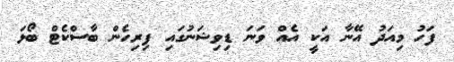
ފަހު މިއަދު އޭނާ އަކީ އެއް ވަނަ ޑިވިޝަނުގައި ފިރިހެން ބާސްކެޓް ބޯޅަ